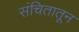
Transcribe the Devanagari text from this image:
संचितातून